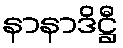
နာနာဒိဋ္ဌီ